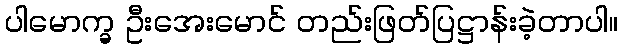
ပါမောက္ခ ဦးအေးမောင် တည်းဖြတ်ပြဋ္ဌာန်းခဲ့တာပါ။